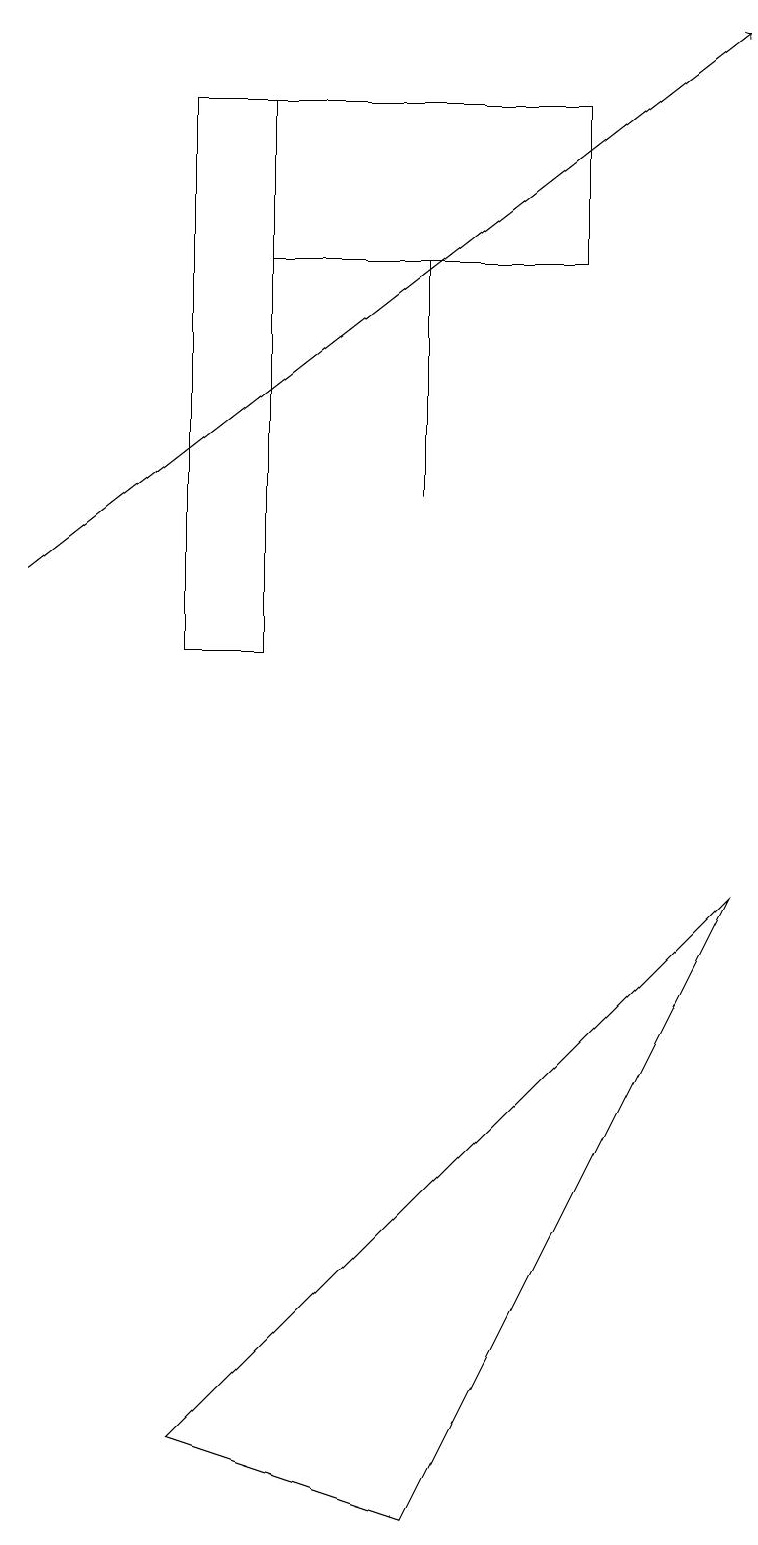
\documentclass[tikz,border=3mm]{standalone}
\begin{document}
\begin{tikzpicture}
\draw (3,16) rectangle (7,18);
\draw (5,13) rectangle (5,16);
\draw[->] (0,12) -- (9,19);
\draw (3,11) rectangle (2,18);
\draw (9,8) -- (5,0) -- (2,1) -- cycle;
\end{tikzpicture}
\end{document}